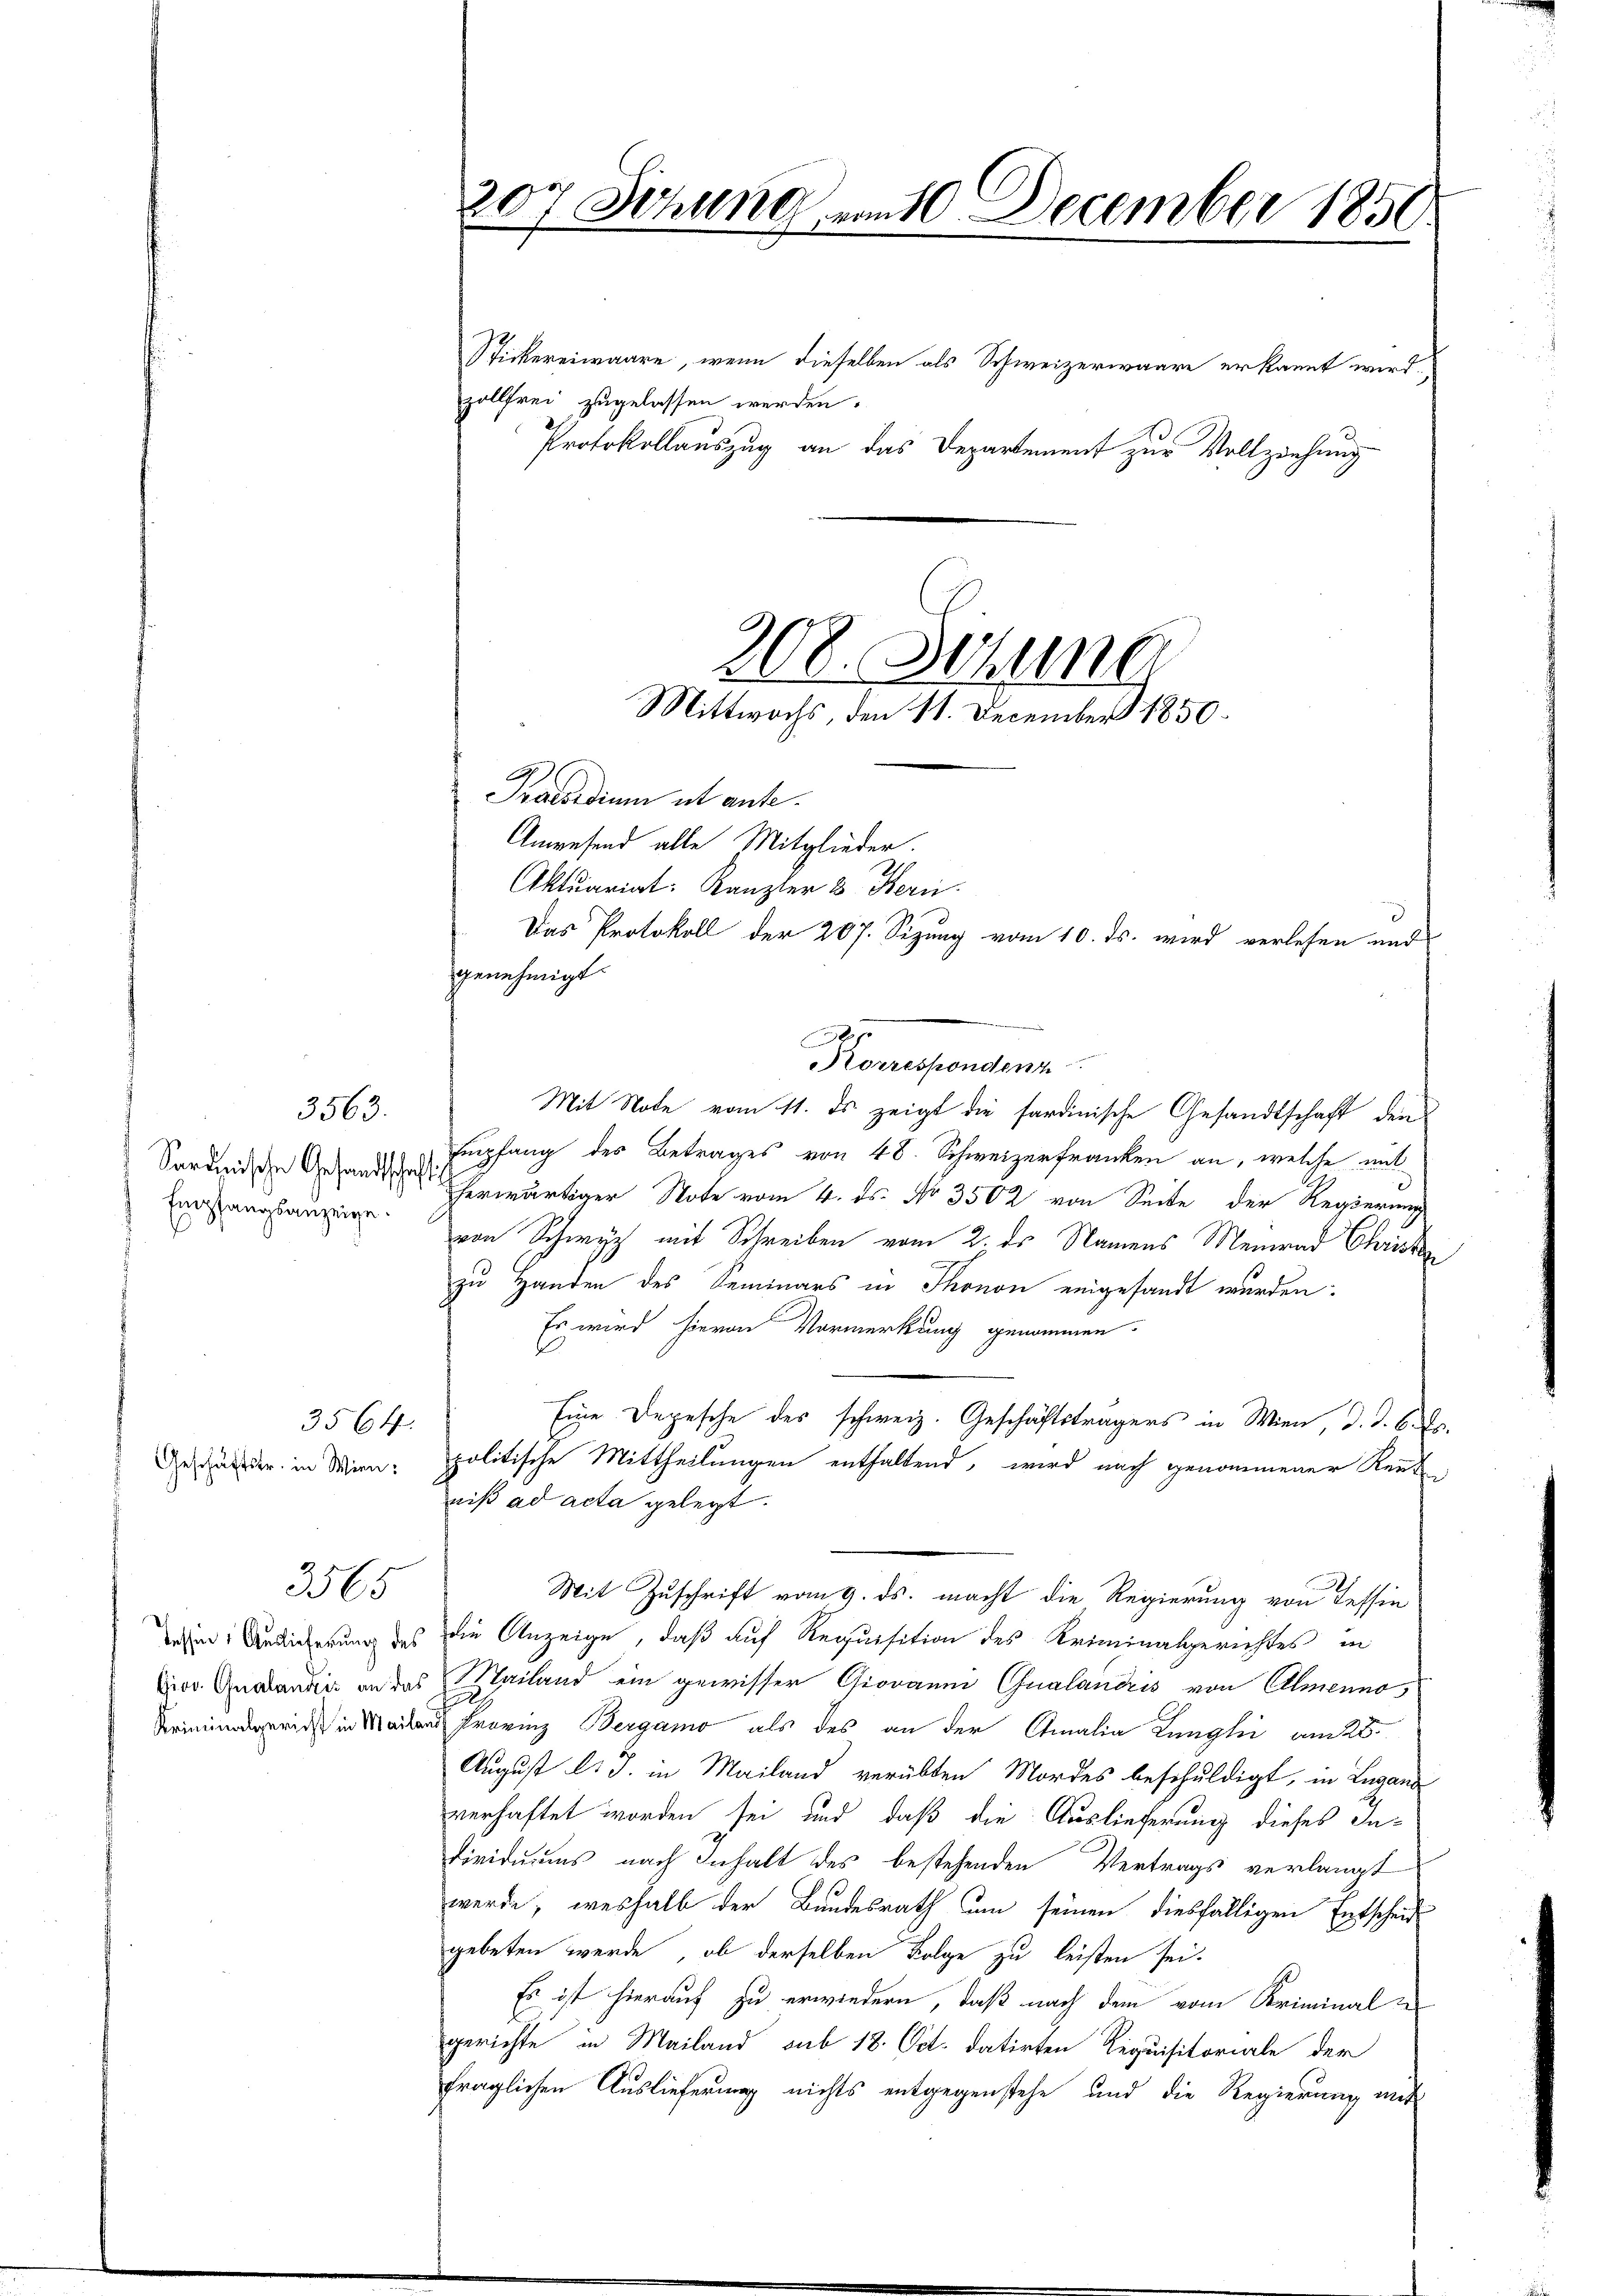
Sardinische Gesandtschaft
Empfangsanzeige.
¬

3563.

3564.

3565

Tessin Auslieferung des

200 Sitzung am 10 December 1850.
d

zollfrei zugelassen werden.
A
Praesidium ut ante¬
Anwesend alle Mitglieder.
Aktuariat: Kanzler & Bern.
Das Protokoll der 207. Sizung vom 10. ds. wird verlesen und
genehmigt.

.
Morrespondenz
Mit Note vom 11. ds. zeigt die sardinische Gesandtschaft den
Empfang des Betrages von 48. Schweizerfranken an, welche mit
herwärtiger Note vom 4. ds. No 3502 von Seite der Regierung
von Schwyz mit Schreiben vom 2. ds Namens Meir Chris
zu Handen des Seminars in Thonon eingesandt wurden.
Es wird hievon Vormerkung genommen.
Eine Depesche des schweiz. Geschäftsträgers in Wien, d. d. 6.
Geständer in Wien. politische Mittheilungen enthaltend, wird nach genommener Rent
niß ad acta gelegt.
Mit Zuschrift vom 9. ds. macht die Regierung von Tessin
die Anzeige, daß auf Requisition des Kriminalgerichtes in
Prov. Grandis an das Mailand ein gewisser Giovanni Qualandris von Almennori in Franz Bergamo als des an der Amalia Lungli am 28.
August l. J. in Mailand verübten Mordes beschuldigt, in Lugand
verhaftet worden sei und daß die Auslieferung dieses Individuums nach Inhalt des bestehenden Vertrags verlangt
werde, weshalb der Bundesrath um seinen diesfälligen Entscheid
gebeten werde, ob derselben Folge zu leisten sei.
Es ist hierauf zu erwiedern, daß nach dem vom Kriminalgerichte in Mailand sub 18. Oct. datirten Requisitoriale der
fraglichen Auslieferung nichts entgegenstehe und die Regierung mit

Stickereiwaare, wenn dieselben als Schweizerwaare erkannt wird

Protokollauszug an das Departement zur Vollziehung
208. Stund
Mittwochs, den 11. December 1850.

.